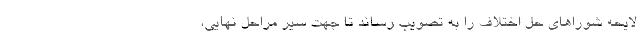
لایحه شوراهای حل اختلاف را به تصویب رساند تا جهت سیر مراحل نهایی،